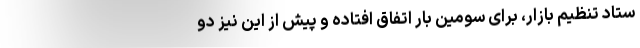
ستاد تنظیم بازار، برای سومین بار اتفاق افتاده و پیش از این نیز دو